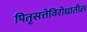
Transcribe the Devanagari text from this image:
पितृसत्तेविरोधातील